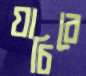
যাচিবে